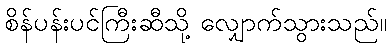
စိန်ပန်းပင်ကြီးဆီသို့ လျှောက်သွားသည်။